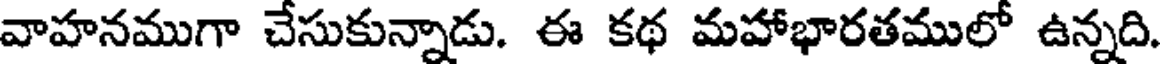
వాహనముగా చేసుకున్నాడు. ఈ కథ మహాభారతములో ఉన్నది.